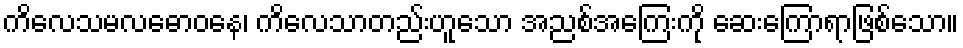
ကိလေသမလဓောဝနေ၊ ကိလေသာတည်းဟူသော အညစ်အကြေးကို ဆေးကြောရာဖြစ်သော။